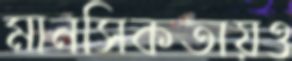
মানসিকতায়ও